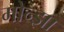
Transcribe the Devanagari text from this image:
मोन्झा